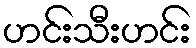
ဟင်းသီးဟင်း